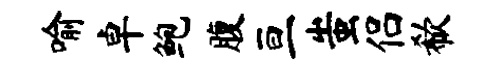
喻卓鲍腹亘蚩侣欷